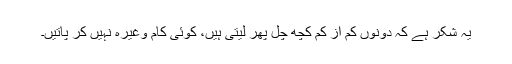
یہ شکر ہے کہ دونوں کم از کم کچھ چل پھر لیتی ہیں، کوئی کام وغیرہ نہیں کر پاتیں۔